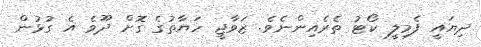
ދިޔައީ ފެމިލީ ކޯޓު ތެރެއިންނެވެ. ޒަވާޖީ ހަޔާތުގެ ގޮށް ދޫވެ އެ ގުޅުން